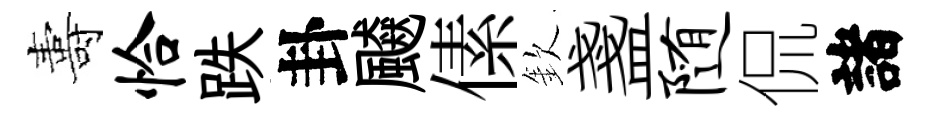
夀恰跌卦飇傃欽盞随侃諸